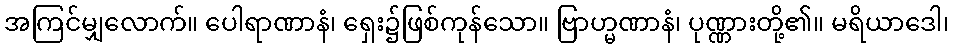
အကြင်မျှလောက်။ ပေါရာဏာနံ၊ ရှေး၌ဖြစ်ကုန်သော။ ဗြာဟ္မဏာနံ၊ ပုဏ္ဏားတို့၏။ မရိယာဒေါ၊